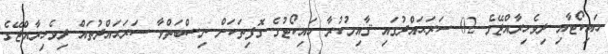
ހައިކޯޓާއި ދިވެހިރާއްޖޭގެ 02 ސަރަޙައްދުގައި ޤާއިމުކުރާ ހައިކޯޓުގެ ގޮފިތަކަށް ނިސްބަތްވާ ސަރަޙައްދުތައް ދިވެހިރާއްޖޭގެ